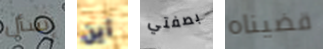
إسأل أين بصفتي قضيناه